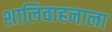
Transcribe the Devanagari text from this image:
शालिवाहनाला